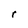
Character: r